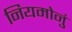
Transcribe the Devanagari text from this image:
नियमोनुं